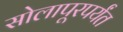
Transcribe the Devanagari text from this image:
सोलापूरपर्यंत